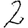
Digit: 2